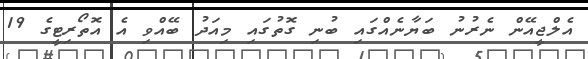
އެލްޖީއޭން ނެރުނު ބަޔާނެއްގައި ބުނި ގޮތުގައި މިއަދު ބޭއްވި އެ އޮތޯރިޓީގެ 19